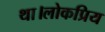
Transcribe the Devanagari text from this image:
था।लोकप्रिय